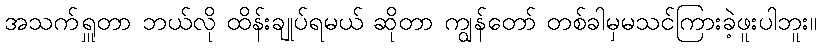
အသက်ရှူတာ ဘယ်လို ထိန်းချုပ်ရမယ် ဆိုတာ ကျွန်တော် တစ်ခါမှမသင်ကြားခဲ့ဖူးပါဘူး။